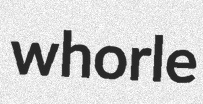
whorle